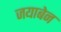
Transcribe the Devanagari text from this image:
जयाबेन